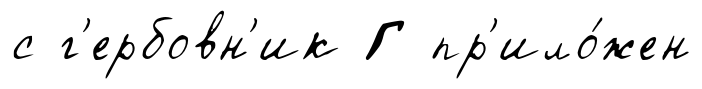
с г'ербовн'ик Г пр'ило́жен